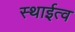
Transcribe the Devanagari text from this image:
स्थाईत्व